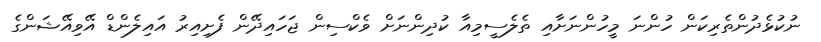
ނުކުޅެދުންތެރިކަން ހުންނަ މީހުންނަށާއި ތެލެސީމިއާ ކުދިންނަށް ވެކްސިން ޖަހައިދޭން ފެށިއިރު އައިލެންޑް އޭވިއޭޝަންގެ